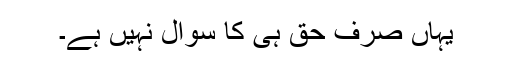
یہاں صرف حق ہی کا سوال نہیں ہے۔